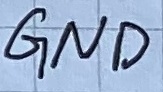
Text: GND